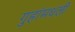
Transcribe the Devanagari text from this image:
गुहांमधली